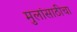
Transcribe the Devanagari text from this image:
मुलांसाठीचा